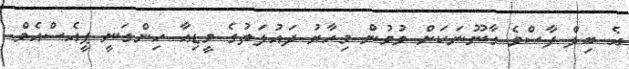
އެ ބިލް ފާސްވެ ގާނޫނަކަށް ވުމުން މިހާރު ދައުލަތުގެ މީޑިއާ ހިންގަނީ ޕީއެސްއެމް